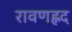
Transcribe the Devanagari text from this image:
रावणह्नद